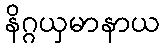
နိဂ္ဂယှမာနာယ